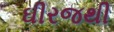
ઘીરજથી